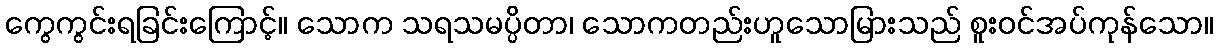
ကွေကွင်းရခြင်းကြောင့်။ သောက သရသမပ္ပိတာ၊ သောကတည်းဟူသောမြားသည် စူးဝင်အပ်ကုန်သော။